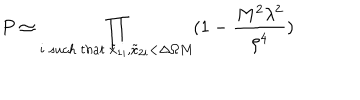
LaTeX: P \simeq \prod _ { i \ s u c h \ t h a t \ \tilde { x } _ { 1 i } , \tilde { x } _ { 2 i } < \Delta \Omega M } ( 1 - { \frac { M ^ { 2 } \lambda ^ { 2 } } { \rho ^ { 4 } } } )